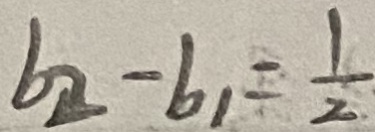
b _ { 2 } - b _ { 1 } = \frac { 1 } { 2 }